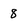
Character: 8